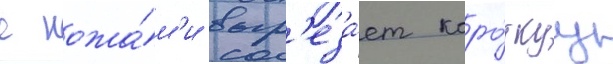
с ножа́м'и выр'еза́ет коро́ткуу